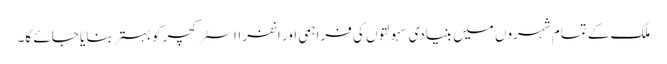
ملک کے تمام شہروں میں بنیادی سہولتوں کی فراہمی اور انفرااسٹرکچر کو بہتر بنایا جائے گا۔